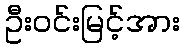
ဦးဝင်းမြင့်အား